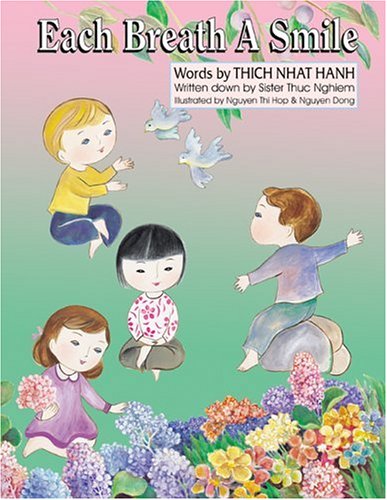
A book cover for Each Breath a Smile; Sister Susan; Children's Books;